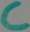
Text: C